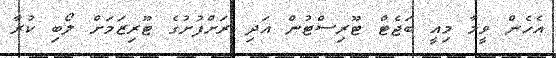
އެހެން ވީމާ މިއީ ބަޖެޓް ޓޫރިސްޓުން އަދި ރަށްފުށުގެ ޓޫރިޒަމަށް ލޯބި ކުރާ